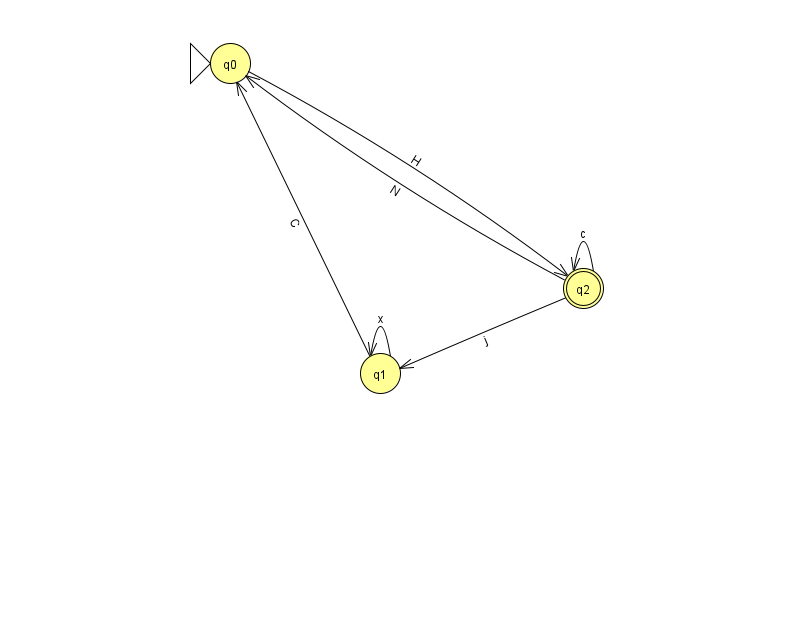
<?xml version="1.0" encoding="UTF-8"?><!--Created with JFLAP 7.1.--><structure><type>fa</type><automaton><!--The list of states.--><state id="0" name="q0"><x>230.0</x><y>50.0</y><initial/></state><state id="1" name="q1"><x>380.0</x><y>360.0</y></state><state id="2" name="q2"><x>583.0</x><y>275.0</y><final/></state><!--The list of transitions.--><transition><from>0</from><to>2</to><read>H</read></transition><transition><from>2</from><to>2</to><read>c</read></transition><transition><from>2</from><to>0</to><read>N</read></transition><transition><from>1</from><to>1</to><read>x</read></transition><transition><from>1</from><to>0</to><read>C</read></transition><transition><from>2</from><to>1</to><read>j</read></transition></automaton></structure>